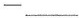
一___